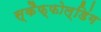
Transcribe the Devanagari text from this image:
स्कैफ्फोल्डिंग